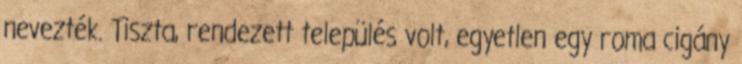
nevezték. Tiszta, rendezett település volt, egyetlen egy roma cigány